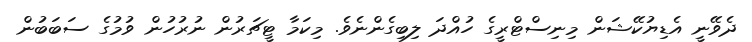
ދެވޭނީ އެޑިޔުކޭޝަން މިނިސްޓްރީގެ ހުއްދަ ލިބިގެންނެވެ. މިކަމާ ޓީޗަރުން ނުރުހުން ވުމުގެ ސަބަބުން